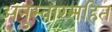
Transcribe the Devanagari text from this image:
अनुस्वारसहित